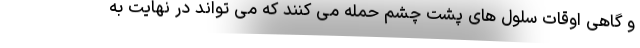
و گاهی اوقات سلول های پشت چشم حمله می کنند که می تواند در نهایت به